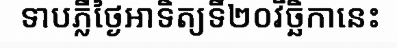
ទាបភ្លឺថ្ងៃអាទិត្យទី២០វិច្ឆិកានេះ